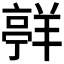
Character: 𮊯